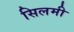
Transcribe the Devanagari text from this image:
सिलमी